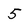
Character: 5